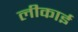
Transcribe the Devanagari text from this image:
लीकाई